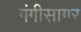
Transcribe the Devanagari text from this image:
गंगीसागर